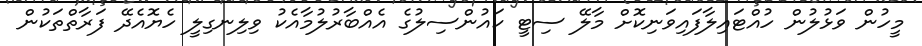
މީހުން ވަޅުލުން ހުއްޓައިލާފައިވަނިކޮށް މާލޭ ސިޓީ ކައުންސިލުގެ އެއްބާރުލުމާއެކު ވިލިނގިލީ ހެޔޮއެދޭ ފަރާތްތަކުން